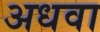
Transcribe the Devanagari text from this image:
अधवा